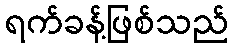
ရက်ခန့်ဖြစ်သည်